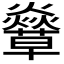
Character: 𧄣